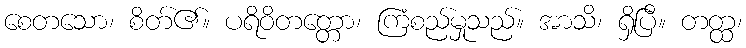
စေတသော၊ စိတ်၏။ ပရိဝိတတ္တော၊ ကြံစည်မှုသည်။ အာသိ၊ ရှိပြီ။ တတ္ထ၊